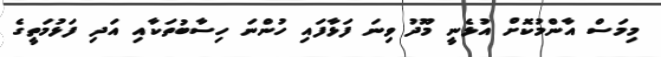
މިމަސް އާންމުކޮށް އުޅެނީ މޫދު ވިނަ ފަޅާފައި ހުންނަ ހިސާބުތަކާއި އަދި ފަޅުމަތީގެ